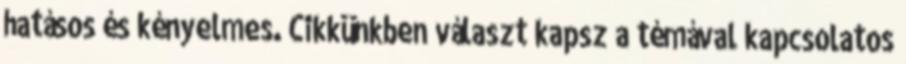
hatásos és kényelmes. Cikkünkben választ kapsz a témával kapcsolatos